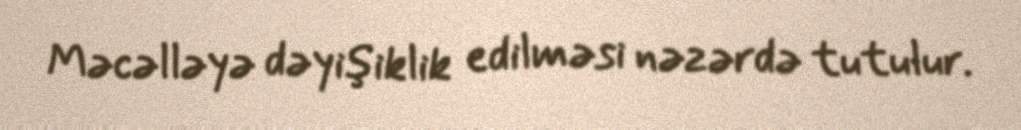
Məcəlləyə dəyişiklik edilməsi nəzərdə tutulur.